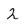
Character: 2